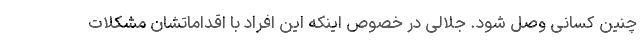
چنین کسانی وصل شود. جلالی در خصوص اینکه این افراد با اقداماتشان مشکلات